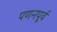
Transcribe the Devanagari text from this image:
पणनपूर्व